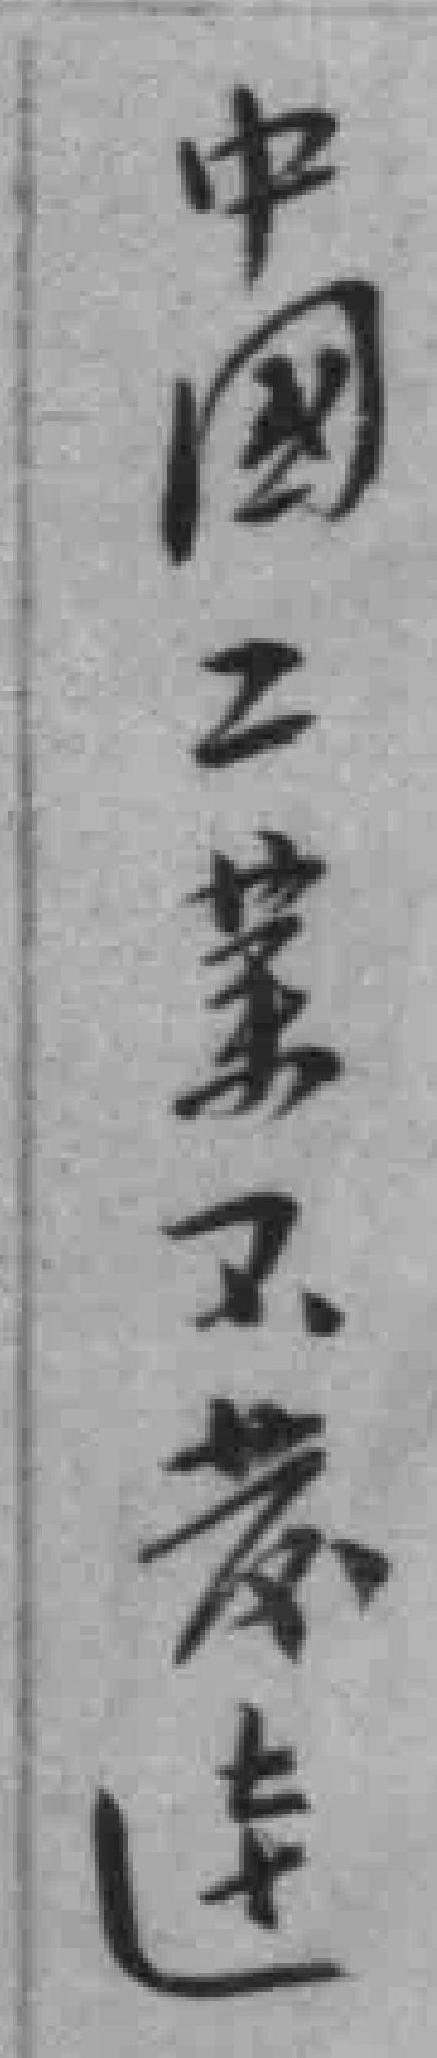
中國工業不蕟达